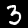
Digit: 3